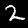
Label: 2